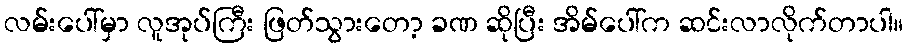
လမ်းပေါ်မှာ လူအုပ်ကြီး ဖြတ်သွားတော့ ခဏ ဆိုပြီး အိမ်ပေါ်က ဆင်းလာလိုက်တာပါ။